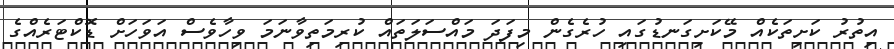
އިތުރު ކަށިތަކެއް މޭކަށިގަނޑުގައި ހުރެގެން މިފަދަ މައްސަލަތައް ކުރިމަތިވާނަމަ ވިހާވެސް އަވަހަށް ޑޮކްޓަރެއްގެ